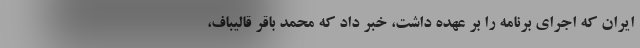
ایران که اجرای برنامه را بر عهده داشت، خبر داد که محمد باقر قالیباف،